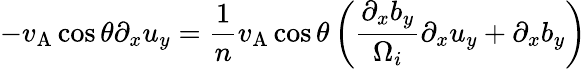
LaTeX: -v_{\mathrm{A}}\cos\theta\partial_{x}u_{y}=\frac{1}{n}v_{\mathrm{A}}\cos\theta\left(\frac{\partial_{x}b_{y}}{\Omega_{i}}\partial_{x}u_{y}+\partial_{x}b_{y}\right)